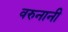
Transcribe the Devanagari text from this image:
वरुनानी